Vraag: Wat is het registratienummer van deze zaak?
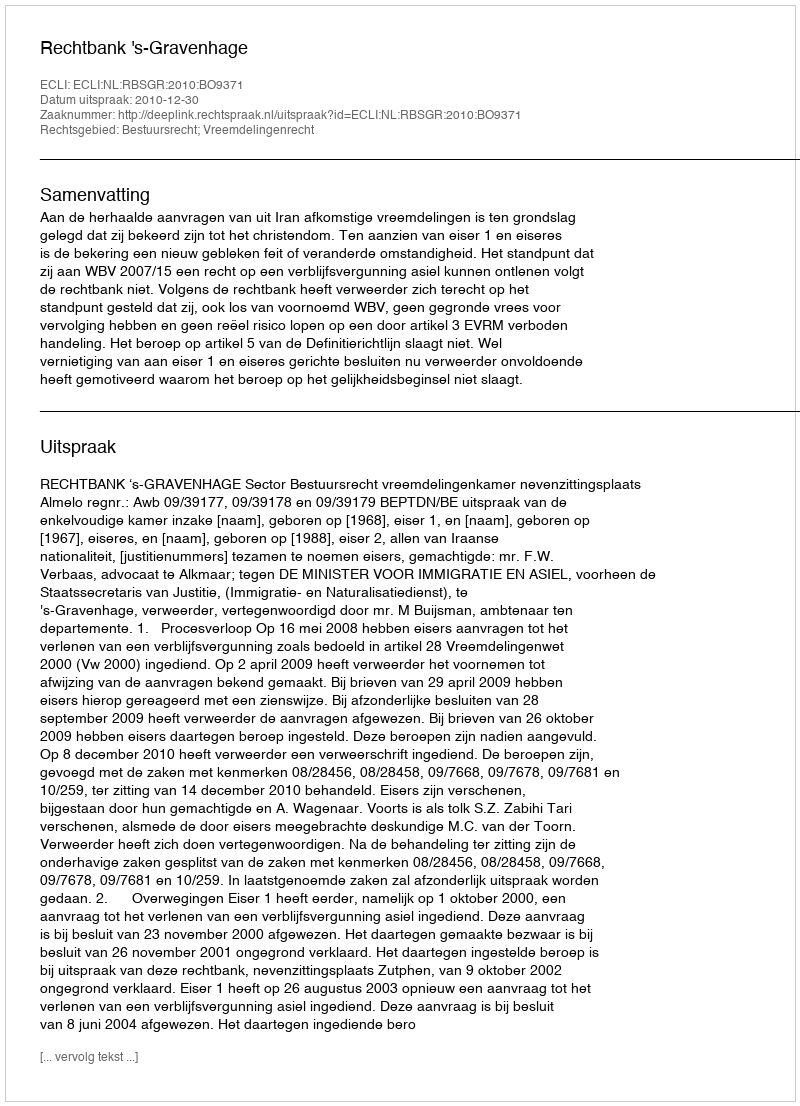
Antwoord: http://deeplink.rechtspraak.nl/uitspraak?id=ECLI:NL:RBSGR:2010:BO9371